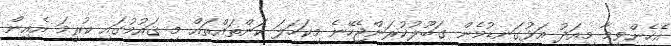
އެހެންވީމާ މިއަދު އަޅުގަނޑުމެން ގަބޫލުކުރަންޖެހޭނެ މިކަހަލަ ކަންތައްތައް މި ޤައުމުގައި ކުރީމަ އެއިން